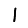
Digit: 1